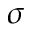
\sigma